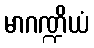
မာဂဏ္ဍိယံ